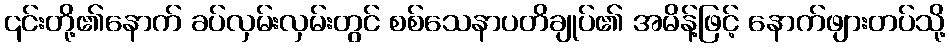
၎င်းတို့၏နောက် ခပ်လှမ်းလှမ်းတွင် စစ်သေနာပတိချုပ်၏ အမိန့်ဖြင့် နောက်ဖျားတပ်သို့